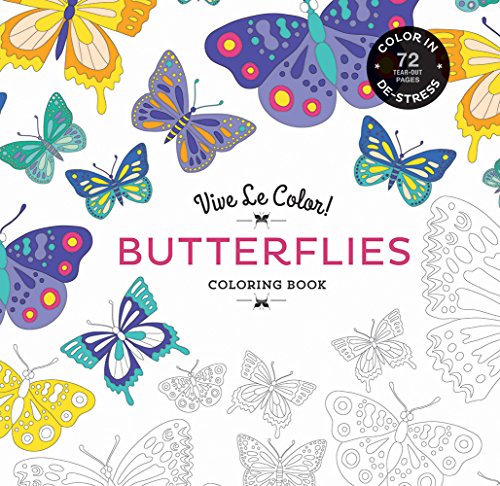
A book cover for Vive Le Color! Butterflies (Coloring Book): Color In; De-stress (72 Tear-out Pages); Abrams Noterie; Humor & Entertainment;